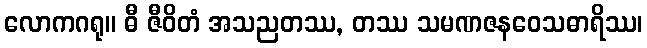
လောကဂရု။ ဓီ ဇီဝိတံ အသညတဿ, တဿ သမဏဇနဝေသဓာရိဿ၊